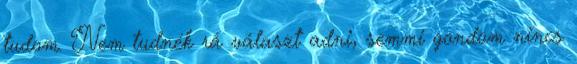
tudom. Nem tudnék rá választ adni, semmi gondom nincs